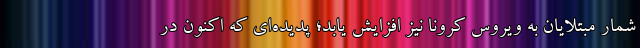
شمار مبتلایان به ویروس کرونا نیز افزایش یابد؛ پدیده‌ای که اکنون در